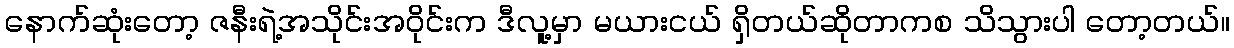
နောက်ဆုံးတော့ ဇနီးရဲ့အသိုင်းအဝိုင်းက ဒီလူ့မှာ မယားငယ် ရှိတယ်ဆိုတာကစ သိသွားပါ တော့တယ်။